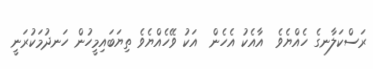
ރަސްކަލާނގެ ހެއްޔެވެ  އާއެކު އެހެން  އަކު ވޭހެއްޔެވެ ތިޔަބައިމީހުން ހަނދުމަކުރަނީ